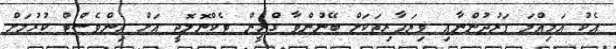
އެކު އަމިއްލަ ފަރުދުންނާއި ވިޔަފާރިތަކަށް ބޭނުންވާ ގްރީން ޓެކްނޮލޮޖީ އަށް އިންވެސްޓް ކުރުމަށް